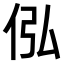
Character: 𪜴